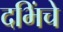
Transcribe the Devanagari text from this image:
दभिंचे